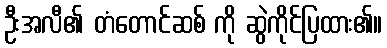
ဦးအလီ၏ တံတောင်ဆစ် ကို ဆွဲကိုင်ပြထား၏။